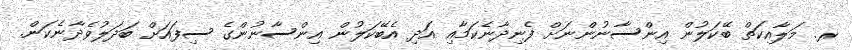
ރ. މަލާއިކަތް ބޭކަލުން އިންސާނުންނަށް ފެނިދާނެކަމާއި އަދި އެބޭކަލުން އިންސާނުންގެ ސިފައަށް ބަދަލުވެދާނެކަން.